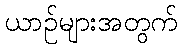
ယာဉ်များအတွက်